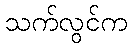
သက်လွင်က